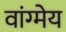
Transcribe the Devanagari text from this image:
वांग्मेय